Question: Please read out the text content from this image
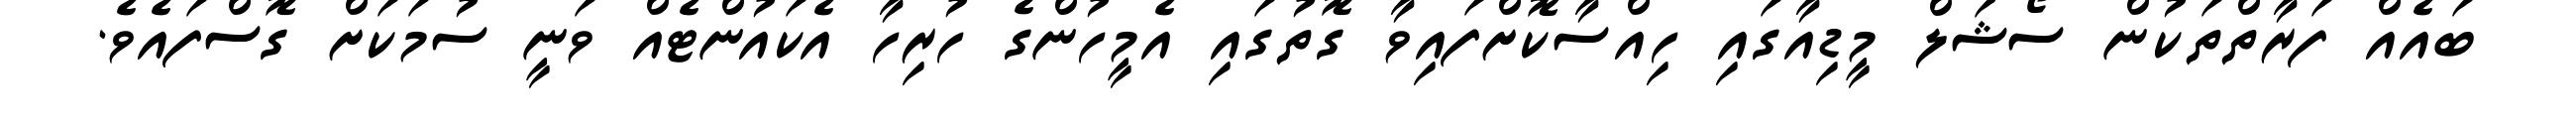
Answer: ބައެއް ފަރާތްތަކުން ސޯޝަލް މީޑިއާގައި ހިއްސާކޮށްފައިވާ ގޮތުގައި އެމީހުންގެ ހުރިހާ އެކައުންޓެއް ވަނީ ސުމަކަށް ގޮސްފައެވެ.